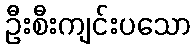
ဦးစီးကျင်းပသော